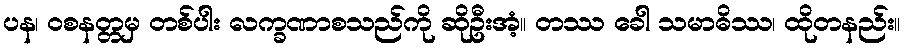
ပန၊ ဝစနတ္တမှ တစ်ပါး လက္ခဏာစသည်ကို ဆိုဦးအံ့။ တဿ ခေါ သမာဓိဿ၊ ထိုတနည်း။